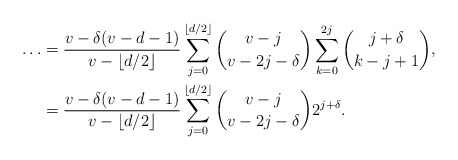
\begin{align*}\ldots&=\frac{v - \delta(v-d-1)}{v-\lfloor d/2 \rfloor}\sum_{j=0}^{\lfloor d/2 \rfloor}\binom{v-j}{v-2j-\delta}\sum_{k=0}^{2j}\binom{j+\delta}{k-j+1}, \\&=\frac{v - \delta(v-d-1)}{v-\lfloor d/2 \rfloor}\sum_{j=0}^{\lfloor d/2 \rfloor}\binom{v-j}{v-2j-\delta}2^{j+\delta}.\end{align*}